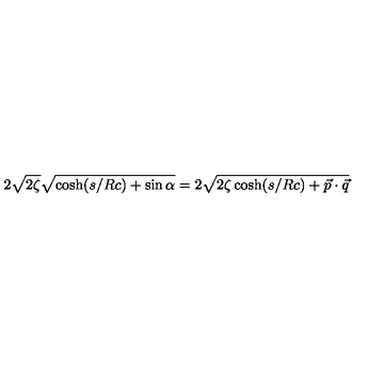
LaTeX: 2 \sqrt { 2 \zeta } \sqrt { \cosh ( { s / R c } ) + \sin { \alpha } } = 2 \sqrt { 2 \zeta \cosh ( { s / R c } ) + { \vec { p } } \cdot { \vec { q } } }